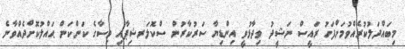
މިބައްދަލުކުރެއްވުމަށްފަހު ރައީސް ނަޝީދު ވިދާޅުވީ އިންޑިޔާ ސަރުކާރުން ސްކޮލަރޝިޕާއި ވިސާގެ ކަންކަން ޙައްލުކޮށްދެއްވާނެ